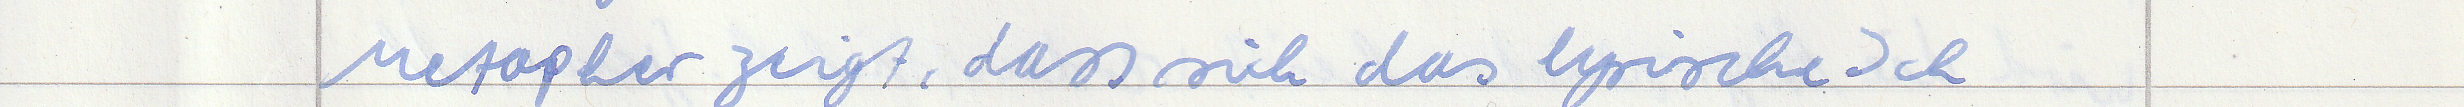
Metapher zeigt, dass sich das lyrische Ich